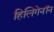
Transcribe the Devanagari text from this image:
हिलिगेनॉन